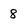
Character: 8